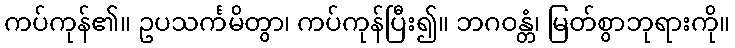
ကပ်ကုန်၏။ ဥပသင်္ကမိတွာ၊ ကပ်ကုန်ပြီး၍။ ဘဂဝန္တံ၊ မြတ်စွာဘုရားကို။